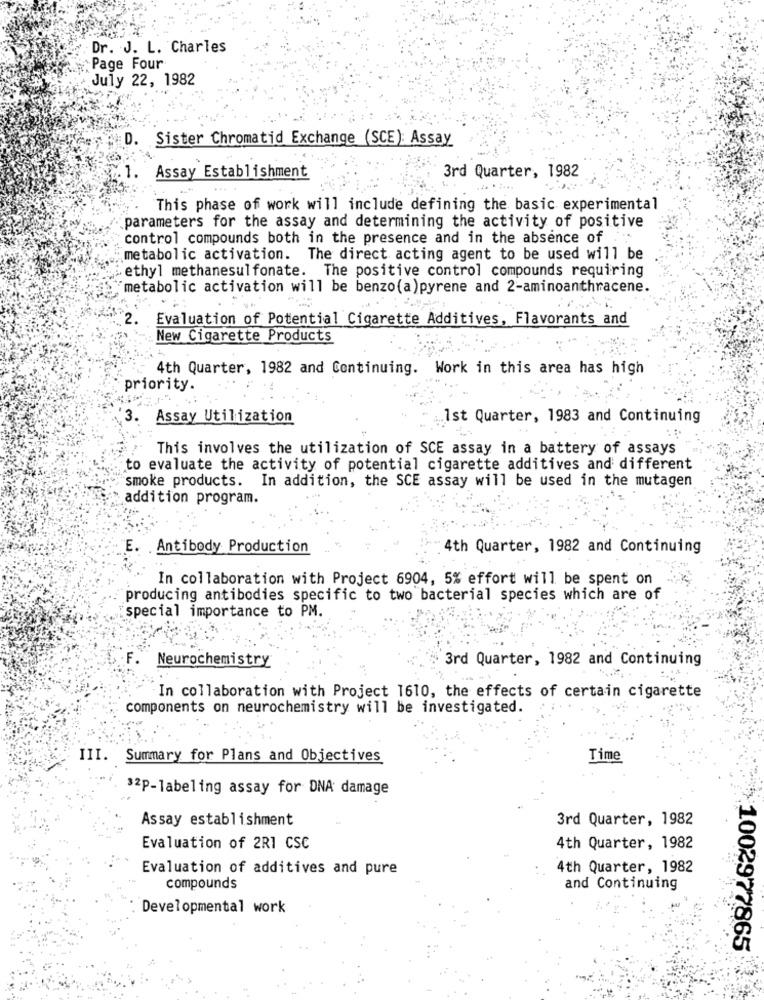
Dr. J. L. Charles
Page Four
July 22, 1982
D. Sister Chromatid Exchange (SCE): Assay
Assay Establishment
3rd Quarter, 1982
This phase of work will include defining the basic experimental
parameters for the assay and determining the activity of positive
control compounds both in the presence and in the absence of
metabolic activation. The direct acting agent to be used will be
ethyl methanesulfonate. The positive control compounds requiring
metabolic activation will be benzo(a)pyrene and 2-aminoanthracene.
Evaluation of Potential Cigarette Additives, Flavorants and
New Cigarette Products
4th Quarter, 1982 and Continuing. Work in this area has high
priority.
3.
Assay Utilization
1st Quarter, 1983 and Continuing
This involves the utilization of SCE assay in a battery of assays
to evaluate the activity of potential cigarette additives and different
smoke products. In addition, the SCE assay will be used in the mutagen
addition program.
E. Antibody Production
4th Quarter, 1982 and Continuing
In collaboration with Project 6904, 5% effort will be spent on
producing antibodies specific to two bacterial species which are of
special importance to PM.
3rd Quarter, 1982 and Continuing
Neurochemistry
In collaboration with Project 1610, the effects of certain cigarette
components on neurochemistry will be investigated.
III. Summary for Plans and Objectives
Time
32P-labeling assay for DNA damage
Assay establishment
3rd Quarter, 1982
Evaluation of 2R1 CSC
4th Quarter, 1982
Evaluation of additives and pure
4th Quarter, 1982
compounds
and Continuing
Developmental work
1002977865